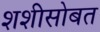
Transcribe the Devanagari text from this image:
शशीसोबत